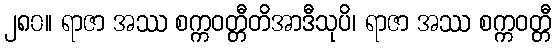
၂၈၀။ ရာဇာ အဿ စက္ကဝတ္တီတိအာဒီသုပိ၊ ရာဇာ အဿ စက္ကဝတ္တီ